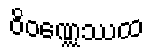
ဝိဝဏ္ဏေဿထ